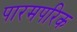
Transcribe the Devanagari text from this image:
पारमपरिक